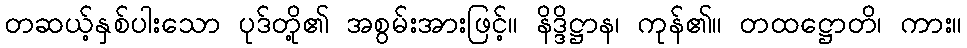
တဆယ့်နှစ်ပါးသော ပုဒ်တို့၏ အစွမ်းအားဖြင့်။ နိဒ္ဒိဋ္ဌာန၊ ကုန်၏။ တထဋ္ဌောတိ၊ ကား။